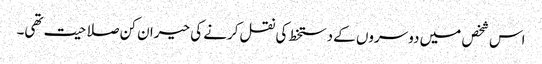
اس شخص میں دوسروں کے دستخط کی نقل کرنے کی حیران کن صلاحیت تھی۔